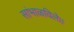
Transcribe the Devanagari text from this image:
सांभाळविले।।